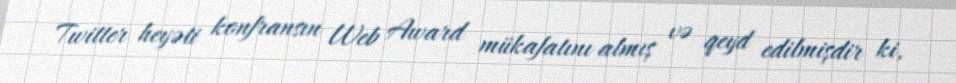
Twitter heyəti konfransın Web Award mükafatını almış və qeyd edilmişdir ki,